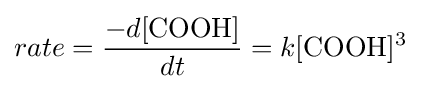
rate={\frac {-d[{\ce {COOH}}]}{dt}}=k[{\ce {COOH}}]^{3}